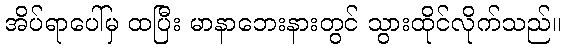
အိပ်ရာပေါ်မှ ထပြီး မာနာဘေးနားတွင် သွားထိုင်လိုက်သည်။